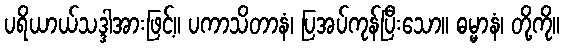
ပရိယာယ်သဒ္ဒါအားဖြင့်။ ပကာသိတာနံ၊ ပြအပ်ကုန်ပြီးသော။ ဓမ္မာနံ၊ တို့ကို။